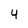
Character: 4